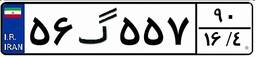
۵۶گ۵۵۷۹۰